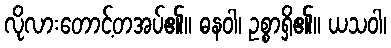
လိုလားတောင့်တအပ်၏။ ဓနဝါ၊ ဥစ္စာရှိ၏။ ယသဝါ၊